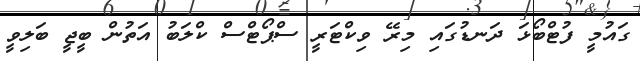
ގައުމީ ފުޓްބޯޅަ ދަނޑުގައި މިރޭ ވިކްޓަރީ ސްޕޯޓްސް ކްލަބު އަތުން ބީޖީ ބަލިވީ